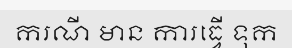
ករណី មាន ការធ្វើ ទុក